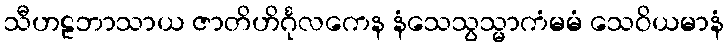
သီဟဠဘာသာယ ဇာတိဟိင်္ဂုလကေန နံသေသွသ္မာကံမမံ သေဝိယမာနံ